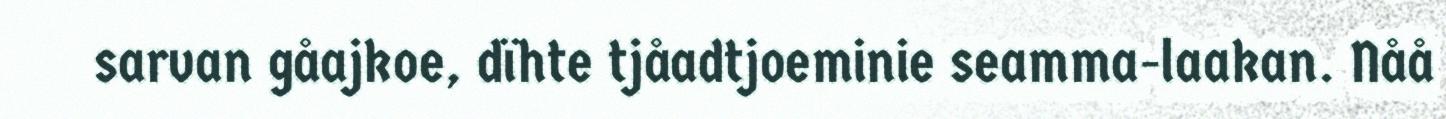
sarvan gåajkoe, dïhte tjåadtjoeminie seamma-laakan. Nåå